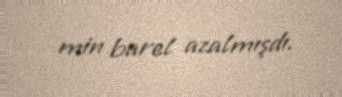
min barel azalmışdı.